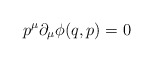
\begin{align*}p^{\mu }\partial _{\mu }\phi (q,p)=0 \end{align*}